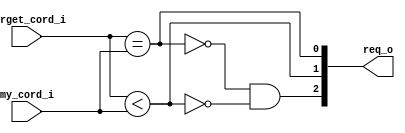
// This program was cloned from: https://github.com/NYU-MLDA/OpenABC
// License: BSD 3-Clause "New" or "Revised" License

module bsg_wormhole_router_decoder_dor_1_2_1
(
  target_cord_i,
  my_cord_i,
  req_o
);

  input [2:0] target_cord_i;
  input [2:0] my_cord_i;
  output [2:0] req_o;
  wire [2:0] req_o;
  wire N0,N1;
  assign req_o[0] = target_cord_i == my_cord_i;
  assign req_o[1] = target_cord_i < my_cord_i;
  assign req_o[2] = N0 & N1;
  assign N0 = ~req_o[0];
  assign N1 = ~req_o[1];

endmodule